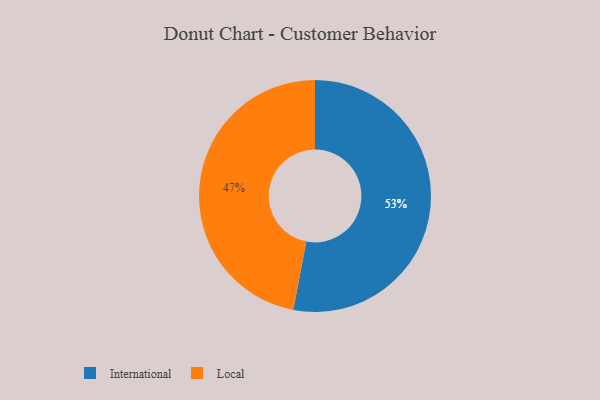
{"axis": {"x": "Category", "y": "Percentage"}, "legend": ["International", "Local"], "data": [{"x": "International", "y": 53, "type": "International"}, {"x": "Local", "y": 47, "type": "Local"}]}